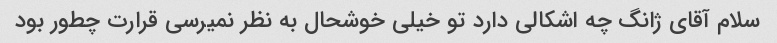
سلام آقای ژانگ چه اشکالی دارد تو خیلی خوشحال به نظر نمیرسی قرارت چطور بود